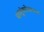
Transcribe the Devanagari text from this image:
धातूंबरोबरच्या